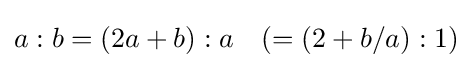
a:b=(2a+b):a\quad (=(2+b/a):1)